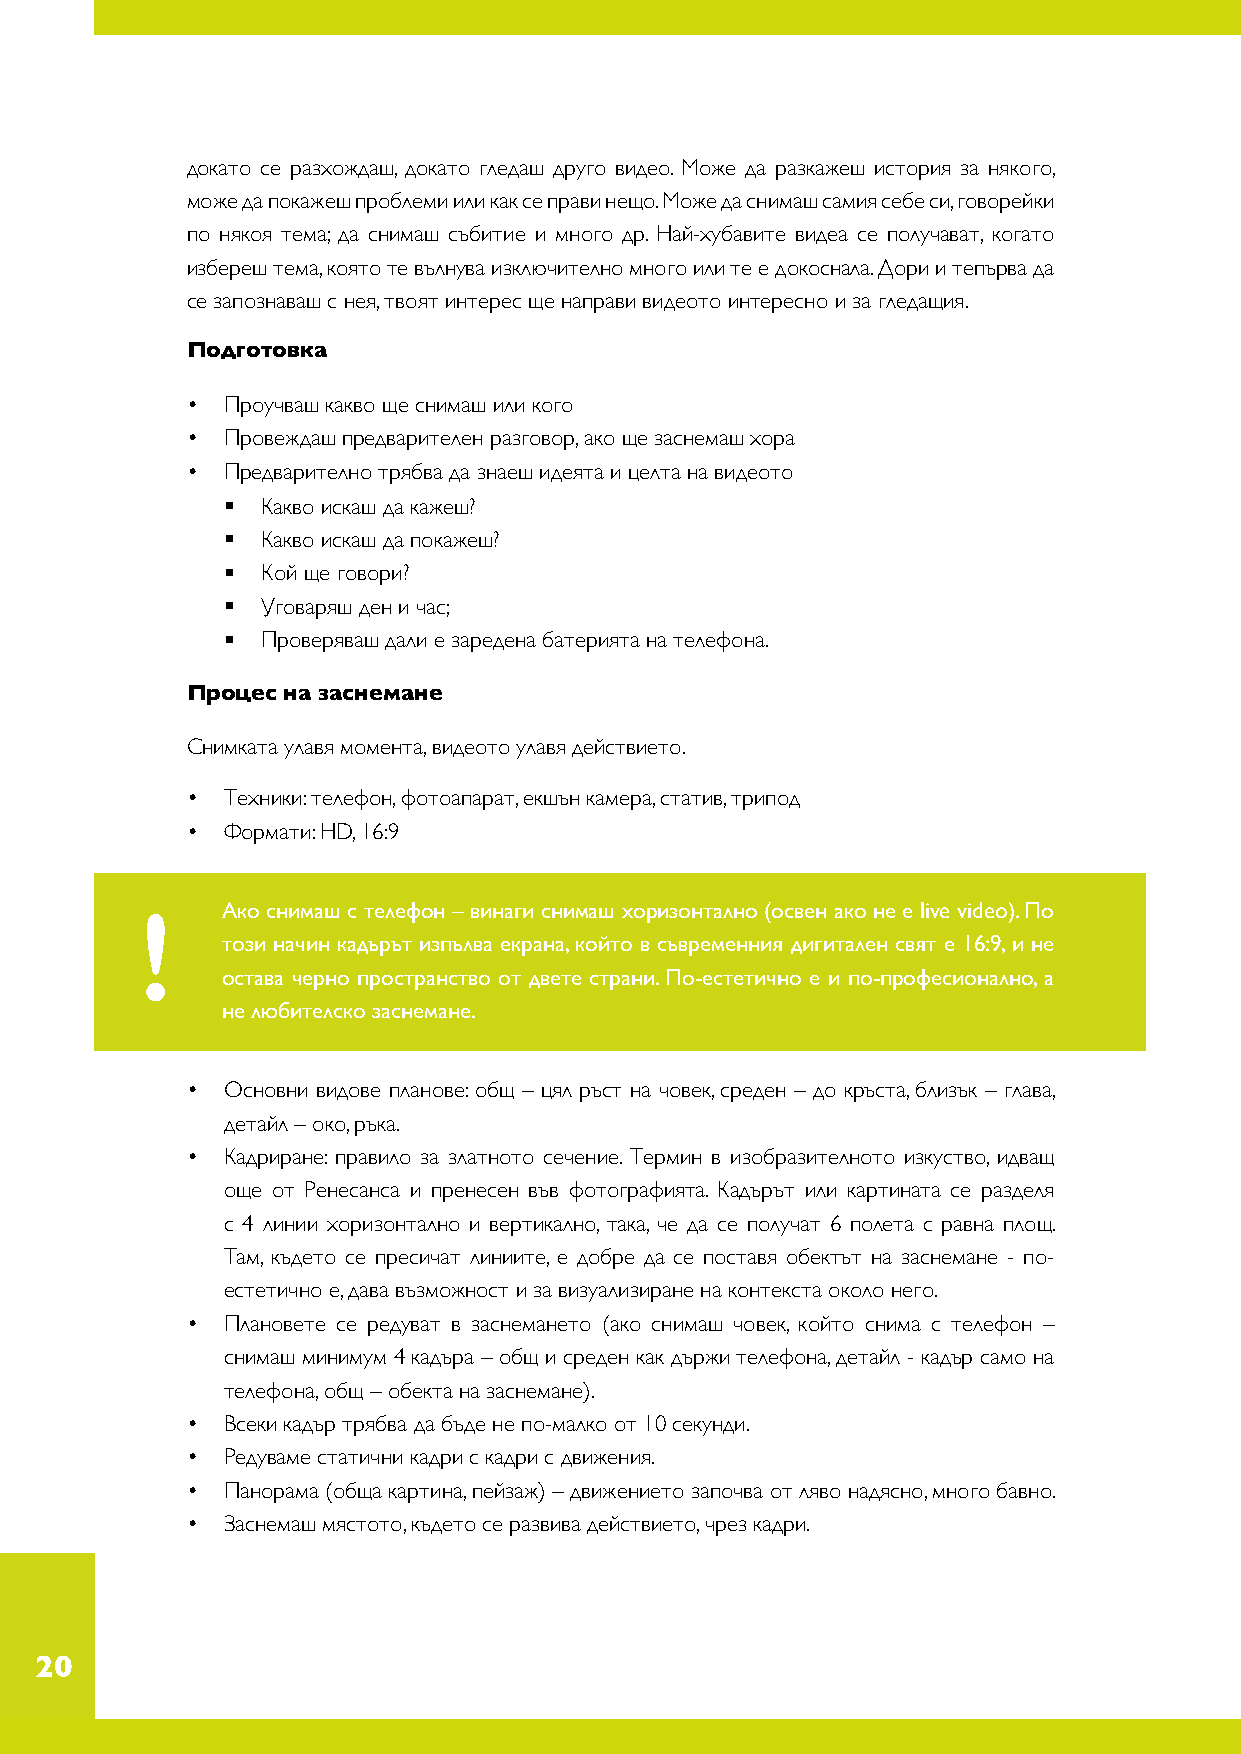
докато се разхождаш, докато гледаш друго видео. Може да разкажеш история за някого,
 може да покажеш проблеми или как се прави нещо. Може да снимаш самия себе си, говорейки
 по някоя тема; да снимаш събитие и много др. Най-хубавите видеа се получават, когато
 избереш тема, която те вълнува изключително много или те е докоснала. Дори и тепърва да
 се запознаваш с нея, твоят интерес ще направи видеото интересно и за гледащия.
 Подготовка
 •  Проучваш какво ще снимаш или кого
 •  Провеждаш предварителен разговор, ако ще заснемаш хора
 •  Предварително трябва да знаеш идеята и целта на видеото
 • Какво искаш да кажеш?
 • Какво искаш да покажеш?
 • Кой ще говори?
 • Уговаряш ден и час;
 • Проверяваш дали е заредена батерията на телефона.
 Процес на заснемане
 Снимката улавя момента, видеото улавя действието.
 •  Техники: телефон, фотоапарат, екшън камера, статив, трипод
 •  Формати: HD, 16:9
 !     Ако снимаш с телефон – винаги снимаш хоризонтално (освен ако не е live video). По
 този начин кадърът изпълва екрана, който в съвременния дигитален свят е 16:9, и не
 остава черно пространство от двете страни. По-естетично е и по-професионално, а
 не любителско заснемане.
 •  Основни видове планове: общ – цял ръст на човек, среден – до кръста, близък – глава,
 детайл – око, ръка.
 •  Кадриране: правило за златното сечение. Термин в изобразителното изкуство, идващ
 още от Ренесанса и пренесен във фотографията. Кадърът или картината се разделя
 с 4 линии хоризонтално и вертикално, така, че да се получат 6 полета с равна площ.
 Там, където се пресичат линиите, е добре да се поставя обектът на заснемане - по-
 естетично е, дава възможност и за визуализиране на контекста около него.
 •  Плановете се редуват в заснемането (ако снимаш човек, който снима с телефон –
 снимаш минимум 4 кадъра – общ и среден как държи телефона, детайл - кадър само на
 телефона, общ – обекта на заснемане).
 •  Всеки кадър трябва да бъде не по-малко от 10 секунди.
 •  Редуваме статични кадри с кадри с движения.
 •  Панорама (обща картина, пейзаж) – движението започва от ляво надясно, много бавно.
 •  Заснемаш мястото, където се развива действието, чрез кадри.
 20